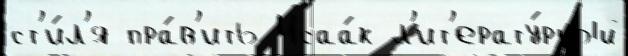
ст'и́л'я пра́в'ить Исаа́к л'ит'ерату́рный